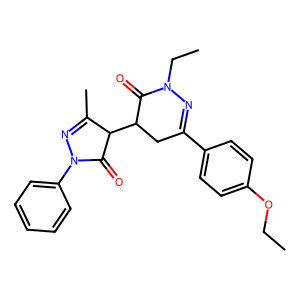
SMILES: CCOc1ccc(C2=NN(CC)C(=O)C(C3C(=O)N(c4ccccc4)N=C3C)C2)cc1
Inhibits HIV replication: No